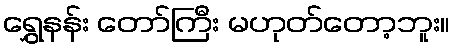
ရွှေနန်း တော်ကြီး မဟုတ်တော့ဘူး။